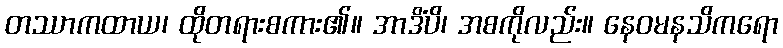
တဿာကထာယ၊ ထိုတရားစကား၏။ အာဒိံပိ၊ အစကိုလည်း။ နေဝမနသိကရော